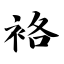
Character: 袼